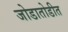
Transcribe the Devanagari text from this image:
जोडातोडीत